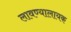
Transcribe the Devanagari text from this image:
लावण्यालायक